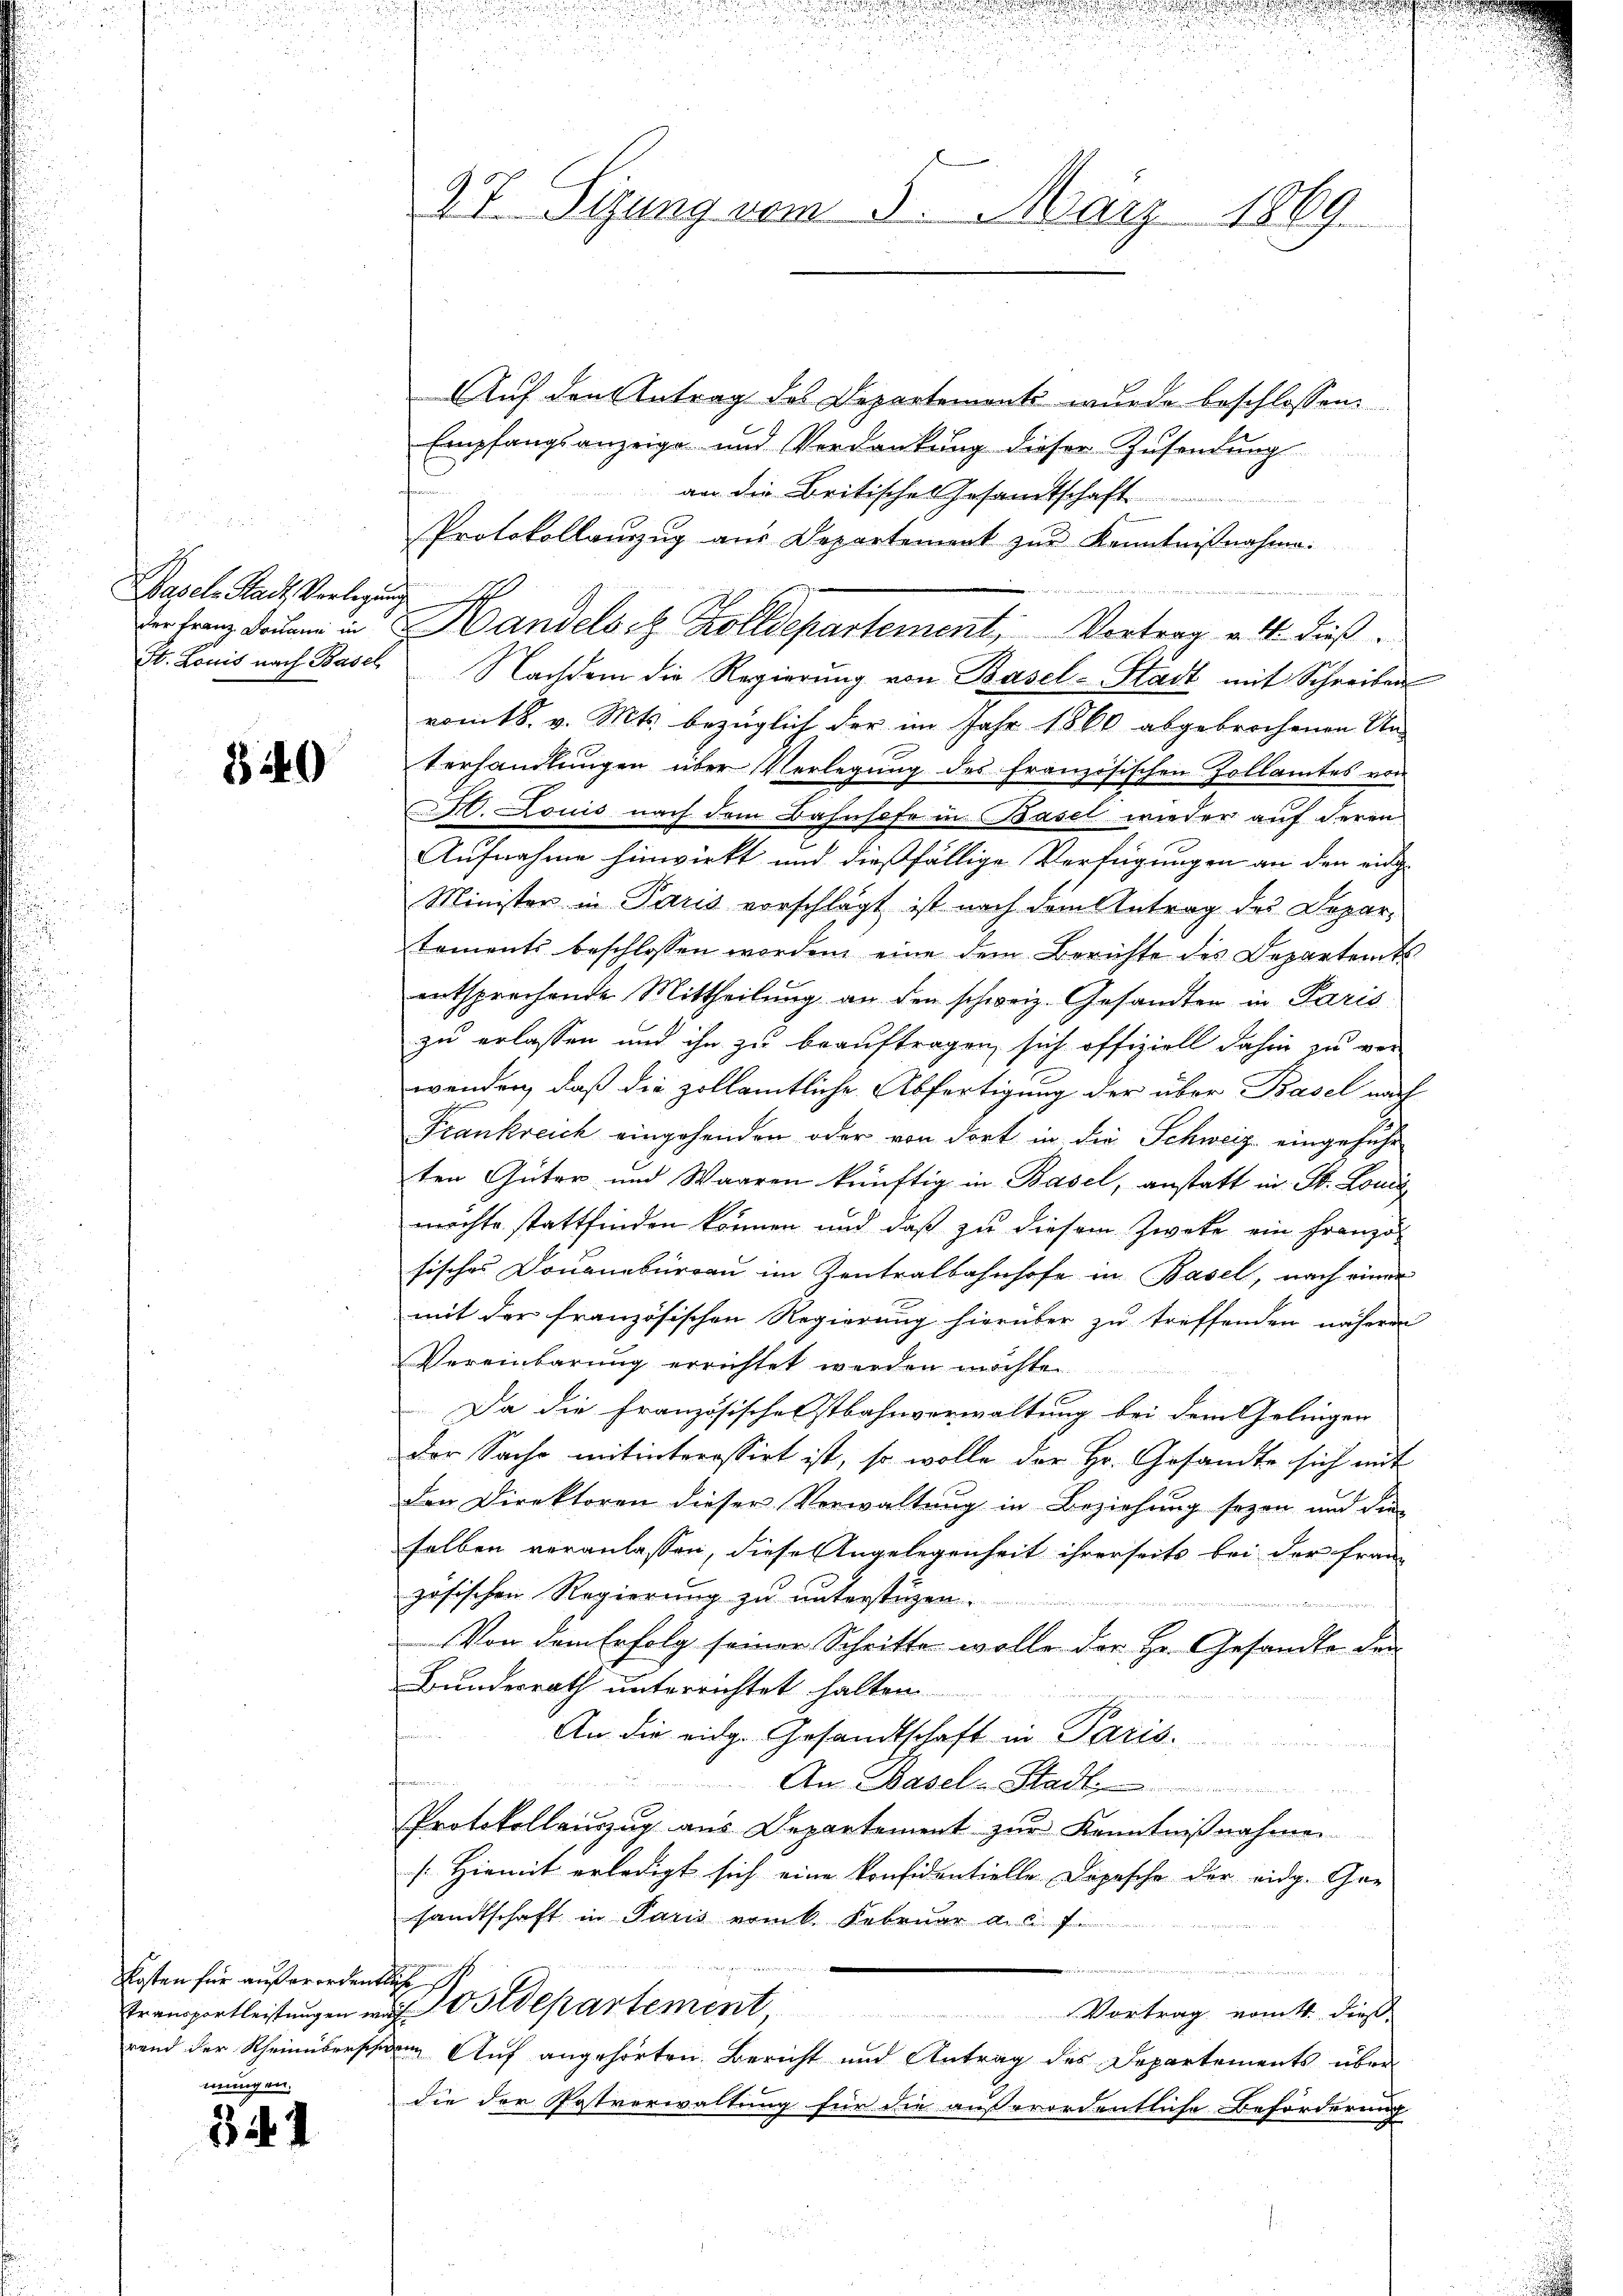
Basels Stadt Verlegung

340

Kosten für außerordentliche
mungen.

341

Auf den Antrag des Departements wurde beschlossen:
Empfangsanzeige und Verdankung dieser Zusendung
an die Britisches Gesamtschaft
Protokollauszug aus Departement zur Kenntnißnahme.
St. Louis nach Basel Nachdem die Regierŭng von Basel-Stadt mit Schreiben
romts. v. Mts. bezüglich der im Jahr 1860 abgebrochenen Un-
terhandlungen über Verlegung des französischen Zollamtes von
. Louis nach dem Bahnhofe in Basel wieder auf deren
Aufnahme hinwirkt und dießfällige Verfügungen an den ein¬
Minister in Paris vorschlägt ist nach dem Antrag des Departements beschlossen worden eine dem Berichte des Departamts
entsprechende Mittheilung an den schweiz. Gesandten in Paris
zu erlassen und ihn zu beauftragen sich offiziell dahin zu ver-
wenden, daß die zollamtliche Abfertigung der über Basel nach
Frankreich eingehenden oder von dort in die Schweiz eingeführ
ten Güter und Waaren künftig in Basel, anstatt in St. Louis
möchte stattfinden können und daß zu diesem Zweke ein Französisches Donanzbüreau im Zentralbahnhofe in Basel, nach einer
mit der französischen Regierung hierüber zu treffenden näheren
Vereinbarung errichtet werden möchte.
Da die Französischenstbahnverwaltung bei dem Gelinger
Der Sache mitinteressirt ist, so wolle der Hr. Gesandte sich mit
den Direktoren dieser Verwaltung in Beziehung seyen und die
selben veranlassen, diese Angelegenheit ihrerseits bei der Fran
zösischen Regierung zu unterstüzen.
Von dem Erfolg seiner Schritte wolle der Hr. Gesandte den
Bundesrath unterrichtet halten
An die eidg. Gesandtschaft in Paris.
f
An Basel-Stadl
Protokollauszug aus Departement zur Kenntnißnahme
[Hiemit erledigt sich eine konfidentielle Depesche der eidg. Gesandtschaft in Paris erink. Februar a. s. f.
.
s
Transportleistungen und Ostdepartement Vortrag vom 4. dieß
rend der Rheinüberschen Auf angehörten Bericht und Antrag des Departements über
die der Postverwaltung für die außerordentliche Beförderung

27. Sizung vom 5. März 1869.

Der franz deren in Handels z. Zolldepartement, Vortrag v. 4. dieß¬